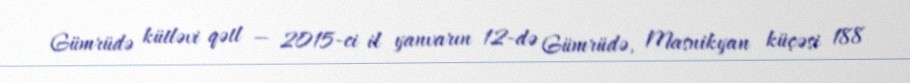
Gümrüdə kütləvi qətl — 2015-ci il yanvarın 12-də Gümrüdə, Masnikyan küçəsi 188